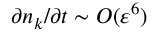
\partial n _ { k } / \partial t \sim O ( \varepsilon ^ { 6 } )